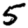
Digit: 5